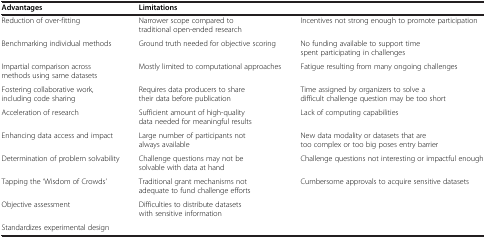
<table><thead><tr><td><b>Advantages</b></td><td><b>Limitations</b></td><td>[EMPTY_CELL]</td></tr></thead><tbody><tr><td>Reduction of over-fitting</td><td>Narrower scope compared to traditional open-ended research</td><td>Incentives not strong enough to promote participation</td></tr><tr><td>Benchmarking individual methods</td><td>Ground truth needed for objective scoring</td><td>No funding available to support time spent participating in challenges</td></tr><tr><td>Impartial comparison across methods using same datasets</td><td>Mostly limited to computational approaches</td><td>Fatigue resulting from many ongoing challenges</td></tr><tr><td>Fostering collaborative work, including code sharing</td><td>Requires data producers to share their data before publication</td><td>Time assigned by organizers to solve a difficult challenge question may be too short</td></tr><tr><td>Acceleration of research</td><td>Sufficient amount of high-quality data needed for meaningful results</td><td>Lack of computing capabilities</td></tr><tr><td>Enhancing data access and impact</td><td>Large number of participants not always available</td><td>New data modality or datasets that are too complex or too big poses entry barrier</td></tr><tr><td>Determination of problem solvability</td><td>Challenge questions may not be solvable with data at hand</td><td>Challenge questions not interesting or impactful enough</td></tr><tr><td>Tapping the ‘Wisdom of Crowds’</td><td>Traditional grant mechanisms not adequate to fund challenge efforts</td><td>Cumbersome approvals to acquire sensitive datasets</td></tr><tr><td>Objective assessment</td><td>Difficulties to distribute datasets with sensitive information</td><td>[EMPTY_CELL]</td></tr><tr><td>Standardizes experimental design</td><td>[EMPTY_CELL]</td><td>[EMPTY_CELL]</td></tr></tbody></table>